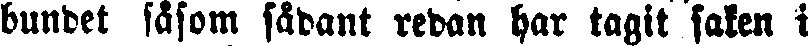
bundet säsom sädant redan har tagit saken i